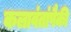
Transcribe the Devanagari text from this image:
कलावंतांपैकी